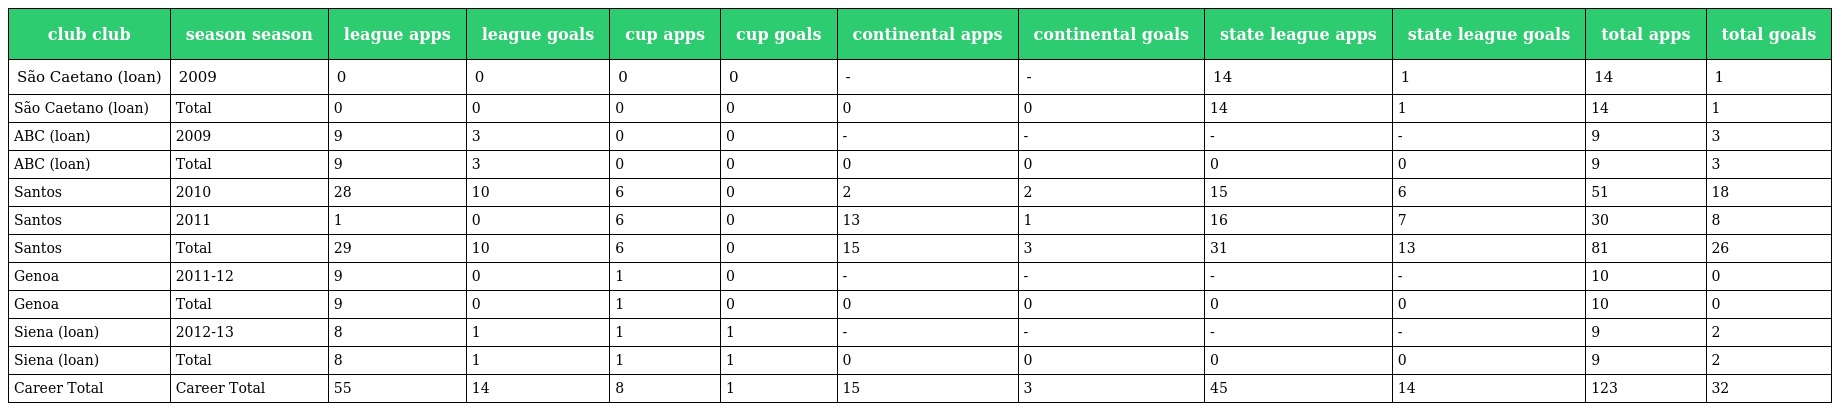
| club club | season season | league apps | league goals | cup apps | cup goals | continental apps | continental goals | state league apps | state league goals | total apps | total goals |
 | --- | --- | --- | --- | --- | --- | --- | --- | --- | --- | --- | --- |
 | São Caetano (loan) | 2009 | 0 | 0 | 0 | 0 | - | - | 14 | 1 | 14 | 1 |
 | São Caetano (loan) | Total | 0 | 0 | 0 | 0 | 0 | 0 | 14 | 1 | 14 | 1 |
 | ABC (loan) | 2009 | 9 | 3 | 0 | 0 | - | - | - | - | 9 | 3 |
 | ABC (loan) | Total | 9 | 3 | 0 | 0 | 0 | 0 | 0 | 0 | 9 | 3 |
 | Santos | 2010 | 28 | 10 | 6 | 0 | 2 | 2 | 15 | 6 | 51 | 18 |
 | Santos | 2011 | 1 | 0 | 6 | 0 | 13 | 1 | 16 | 7 | 30 | 8 |
 | Santos | Total | 29 | 10 | 6 | 0 | 15 | 3 | 31 | 13 | 81 | 26 |
 | Genoa | 2011-12 | 9 | 0 | 1 | 0 | - | - | - | - | 10 | 0 |
 | Genoa | Total | 9 | 0 | 1 | 0 | 0 | 0 | 0 | 0 | 10 | 0 |
 | Siena (loan) | 2012-13 | 8 | 1 | 1 | 1 | - | - | - | - | 9 | 2 |
 | Siena (loan) | Total | 8 | 1 | 1 | 1 | 0 | 0 | 0 | 0 | 9 | 2 |
 | Career Total | Career Total | 55 | 14 | 8 | 1 | 15 | 3 | 45 | 14 | 123 | 32 |